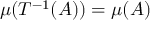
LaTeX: \mu ( T ^ { - 1 } ( A ) ) = \mu ( A )